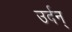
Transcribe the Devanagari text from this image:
उर्दन्